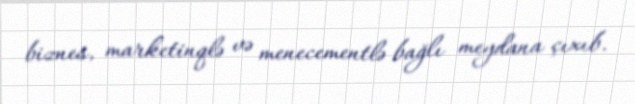
biznes, marketinqlə və menecementlə bağlı meydana çıxıb.